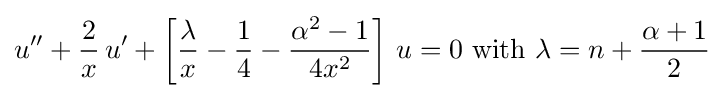
u''+{\frac {2}{x}}\,u'+\left[{\frac {\lambda }{x}}-{\frac {1}{4}}-{\frac {\alpha ^{2}-1}{4x^{2}}}\right]\,u=0{\text{ with }}\lambda =n+{\frac {\alpha +1}{2}}